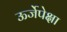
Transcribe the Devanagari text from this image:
ऊर्जेपेक्षा